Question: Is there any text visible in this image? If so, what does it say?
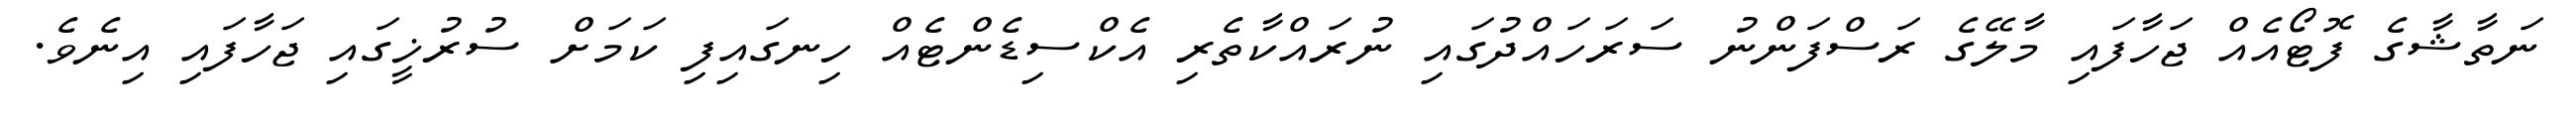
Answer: ނަތާޝާގެ ފޮޓޯއެއް ޖަހާފައި މާލޭގެ ރަސްފަންނު ސަރަހައްދުގައި ނުރައްކާތެރި އެކްސިޑެންޓެއް ހިނގައިފި ކަމަށް ސުރުޚީގައި ޖަހާފައި އިނެވެ.